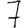
Digit: 7